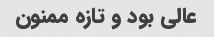
عالی بود و تازه ممنون